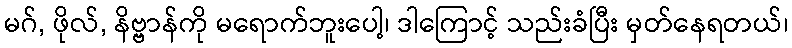
မဂ်, ဖိုလ်, နိဗ္ဗာန်ကို မရောက်ဘူးပေါ့၊ ဒါကြောင့် သည်းခံပြီး မှတ်နေရတယ်၊